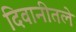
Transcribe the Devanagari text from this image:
दिवानीतले